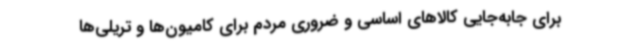
برای جابه‌جایی کالاهای اساسی و ضروری مردم برای کامیون‌ها و تریلی‌ها